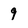
Character: 9